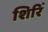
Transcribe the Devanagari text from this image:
शिरिं